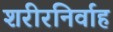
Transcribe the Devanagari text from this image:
शरीरनिर्वाह